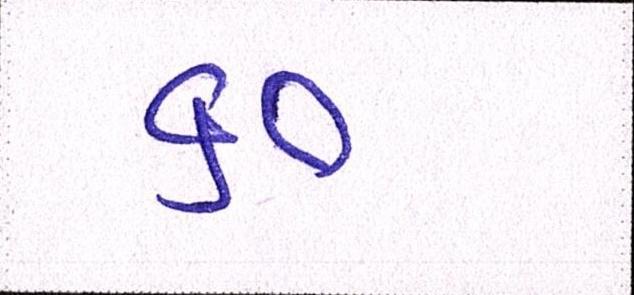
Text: ૬૦